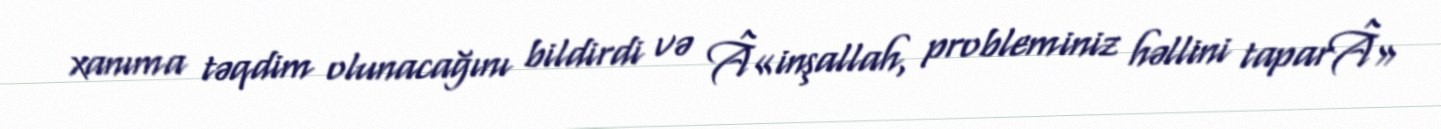
xanıma təqdim olunacağını bildirdi və Â«inşallah, probleminiz həllini taparÂ»